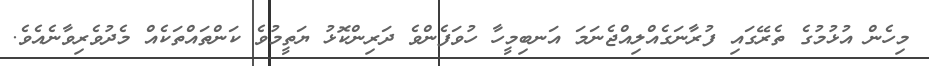
މިހެން އުޅުމުގެ ތެރޭގައި ފުރާނަގެއްލިއްޖެނަމަ އަނބިމީހާ ހުވަފެންވެ ދަރިންކޮޅު ޔަތީމުވެ ކަންތައްތަކެއް މެދުވެރިވާނެއެވެ.